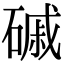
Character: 磩